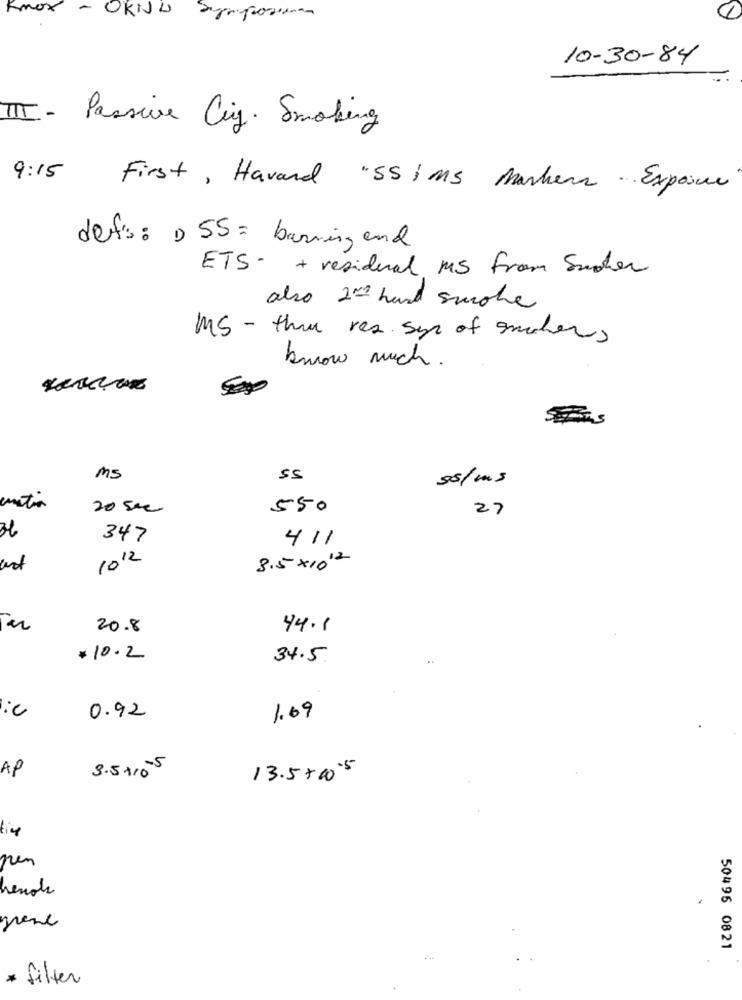
Knox- OKNO
10-30-84
III - Passive Cig. Smoking
9:15 First, Havard "SSIMS Markers . Exposure
defs : D 55 = barring end
ETS - + residual MS From Suchen
also 2nd hand smoke
MS - thru res syr of smokers
know much .
MS
55
ss/ms
20 sec
550
27
347
411
1012
3.5× 1012
20.8
44.1
*10.2
34.5.
0.92
1.69
AP
3.5 +105
13.5 + 00.5
nem
hemos
50496 0821
* filter